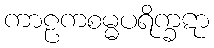
ကာဠကစမ္မပရိက္ခဋာ